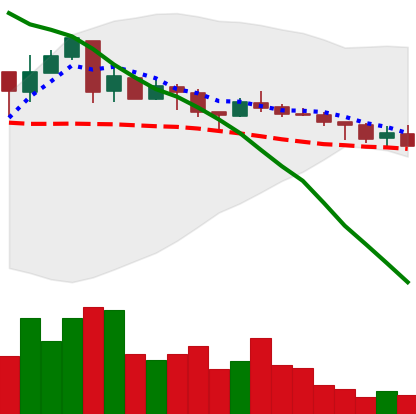
Ticker: XMR-USD
Chart end date: 2018-05-10
Forward return: -5.981%
Label: down_5_7